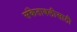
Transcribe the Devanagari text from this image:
संकेतावलीसाठी